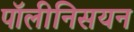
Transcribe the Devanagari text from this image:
पॉलीनिसयन